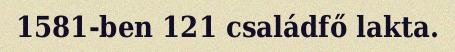
1581-ben 121 családfő lakta.